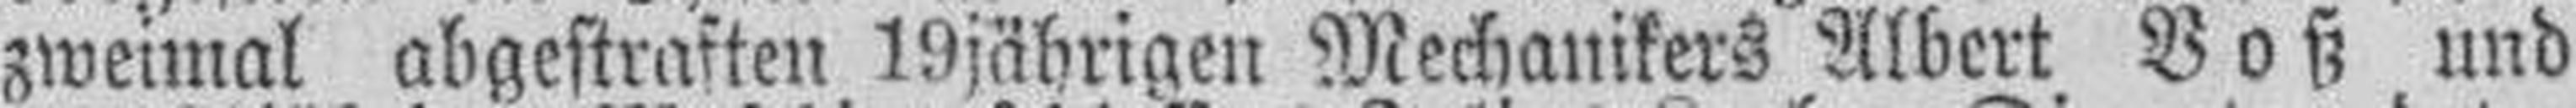
zweimal abgestraften 19jährigen Mechanikers Albert Voß und